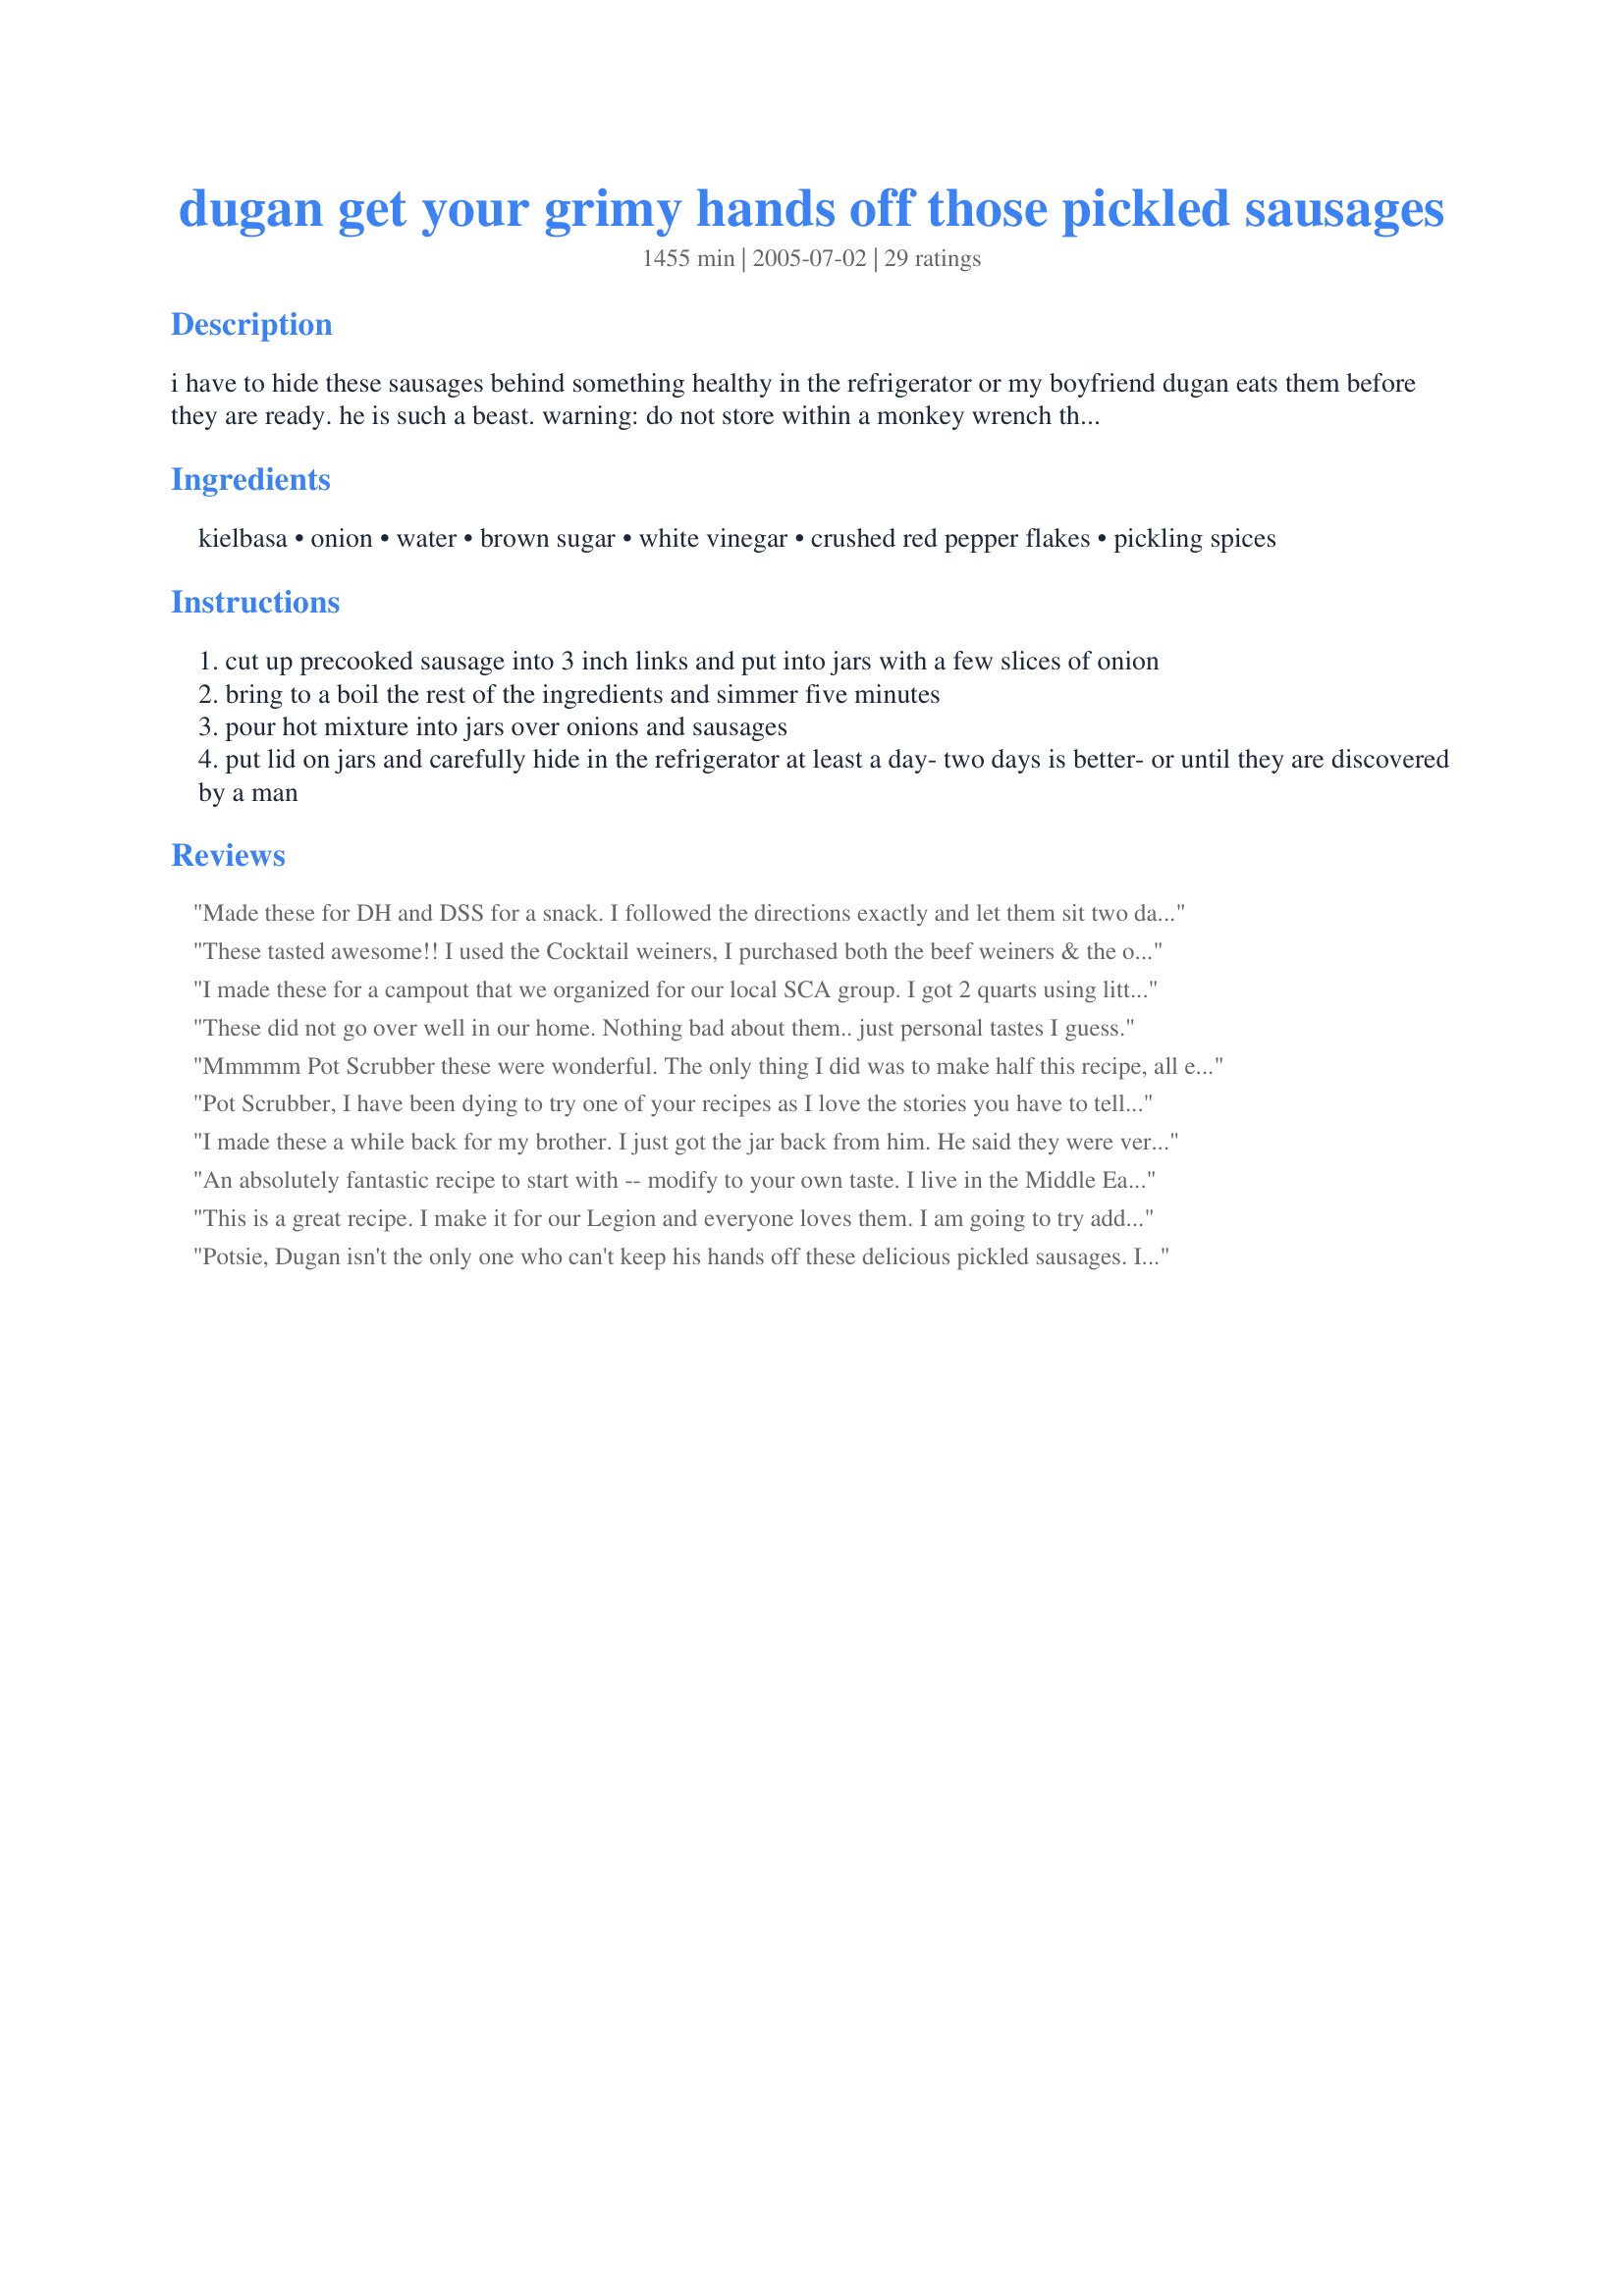
dugan get your grimy hands off those pickled sausages
Preparation time: 1455 minutes

i have to hide these sausages behind something healthy in the refrigerator or my boyfriend dugan eats them before they are ready. he is such a beast. warning: do not store within a monkey wrench throw of car mechanics and all men who drink beer.

Ingredients:
kielbasa, onion, water, brown sugar, white vinegar, crushed red pepper flakes, pickling spices

Steps:
cut up precooked sausage into 3 inch links and put into jars with a few slices of onion
bring to a boil the rest of the ingredients and simmer five minutes
pour hot mixture into jars over onions and sausages
put lid on jars and carefully hide in the refrigerator at least a day- two days is better- or until they are discovered by a man

Reviews:
Made these for DH and DSS for a snack. I followed the directions exactly and let them sit two days before allowing them to try one. They both thought they were too sweet, but me and DSD liked them as they were. Thanks Pot Scrubber for sharing your recipe.
These tasted awesome!! I used the Cocktail weiners, I purchased both the beef weiners & the ones made with pork & chicken, both were excellent but the all beef cocktail weiners left a greasy film on top but still tasted Wonderful!! Thank You for a GREAT recipe!!
I made these for a campout that we organized for our local SCA group. I got 2 quarts using little smokies and they both went in a heart beat. The funny thing is that after I put the liquid in the jars I realized that I forgot the brown sugar. Didn't seem to matter, they loved them anyway. Also, I wanted to note that mine got cloudy at first. I believe that the hot liquid melted some of the fat in the sausages but they did clear up.
These did not go over well in our home. Nothing bad about them.. just personal tastes I guess.
Mmmmm Pot Scrubber these were wonderful. The only thing I did was to make half this recipe, all else was the same. I wanted to test them first before making too many. They were absolutely delicious. Sorry I didn't do full recipe. Think I will make some for my Dad for Christmas, he will love them. I used the Lil Smokies sausages. Worked out really well. Thanks again for the post.
Pot Scrubber, I have been dying to try one of your recipes as I love the stories you have to tell about each recipe. I took these to a party of about 25 including adults, teenagers and kids. People started asking me for the recipe even before the Mason jar was opened! These were gone REALLY fast and all ages loved them. One of the Nebraska women suggested adding some sliced fresh jalapeno and I think I will try that when I make them again next week for my company picnic. Thanks for the really easy, great recipe and the wonderful stories!
I made these a while back for my brother. I just got the jar back from him. He said they were very good and looked forward to me making them again. Thank You for posting this recipe it gives me something to make for my brother that will last more than one meal. Great sancks for him. Hugs
An absolutely fantastic recipe to start with -- modify to your own taste. I live in the Middle East and cannot get pork sausage -- Penrose stopped making their great sausages. This recipe was a great find. However, I can only get turkey kielbasa here -- no prob -- and it can be spiced up to your liking and favorite bar snack flavor. My friends love them and they go great with cold beer.<br/><br/>Modification for beer drinker's palette was such -- I have a two liter, old fashion mason jar with the rubber ring and metal lock:<br/><br/>3 lbs of Hilshire Farms Turkey Polska Kielbasa<br/>1 small onion<br/>eliminated the water<br/>1 Tablespoon brown sugar<br/>4 cups white vinegar<br/>2 teaspoons red pepper flakes<br/>1 T pickling spice<br/>4 cloves garlic<br/>6 thai chilies - cut into 1/2 inch pieces<br/>few dashes of your favorite hot sauce<br/>2 Tablespoons salt<br/><br/>Thank you so much for posting your original recipe. It was a great find!
This is a great recipe. I make it for our Legion and everyone loves them. I am going to try adding garlic to them this time.
Potsie, Dugan isn't the only one who can't keep his hands off these delicious pickled sausages. I made them two ways -- one with pork cocktail sausages and the other with fresh sausages I poached first. The first were a hit with the ladies (more of an appetizer); the latter with the guys -- they were lumberjack sausages (that was the name on the package) and the men all went for those. These are terrific! I made a batch and they were all gone in 1/2 hour when our family tried them, so I made three more jarsful to serve this weekend when we had a bunch of people over to watch football games. They are tangy, spicy and addicting. I added one clove of garlic to each jar and decreased the brown sugar a bit. They are definitely on my list of the best of the best snacks for any occasion. Thanks for posting this wonderful recipe. Everyone who has tried it has loved it.
I can't believe I forgot to review these wonderful sausages. I made 3 jars of these in Dec of last year and my DH devoured one jar by himself in one day then the next day he was off and running from neighbor to neighbor giving out samples (ONLY ONE SAUSAGE TO EACH MIND YOU) but just enough for there to be requests from them for there own jars. Love your page Pot Scrubber love the pics I visit your page quite often to see if any updates. definitely lovin the babies take care of each other and thanks for the delicious recipe .
Only made 1/2 batch to try. Big mistake! Soaked for 3 days and they are GREAT! Thank you!
I made this with cocktail sausages and found them to be a little soft in texture. I&#039;m going to try it again with a different sausage.
Exactly what I was looking for in a Pickled Sausage! These are SO good! Thank You!
This was just what I was looking for in a recipe for pickled sausage. I took the advice of some of the other reviewer and cut back on the brown sugar using just a 1/2 cup. I added a crushed clove of garlic into each quart jar and minced two cloves of garlic to the liquid. I made them yesterday and tested one this morning. These are better than anything I've had store bought. Thanks for a great basic recipe for pickled sausages.
This is exactly the type of health food that my best friend's dad would make. I am probably the only girl on earth that has ever skeemed a way to sneek more pickled eggs and sausages out of a kitchen at midnight for a bunch of 12 y/os!
I will have to make this, memory is so yummy!
I am amazed at how well these turned out! Brought back memories of sausage my dad used to buy in large gallon sized jars... I bought nice smoked polish keilbasa sausage at whole foods (4 packs) to fit into 2 half gallon jars. Could have bought another sausage - there was still plenty of room left. Had to double the vinegar mixture to fill the large jars. Used about a cup of apple cider vinegar since I ran out of white. Used light brown sugar instead of regular. A clove of garlic turned somewhat blue but I read that this was a common reaction to the vinegar. These are so addictive!!
I made these for DH and he loves them. I have made two jars so far. I use the little smokies and in the second jar, DH sliced a jalapeno in half and added that. THanks for a keeper in our house.
Who could be blamed for not waiting 24 hours, when one knows that these are in the fridge? This is an absolute outstanding snack. From now on I will always have som ein the fridge. I have used "mini-wieners" and they were fabulous. Like the different flavors of sour, sweet, hot (I like it hot) and the sausages. These sausages are a temptation. Thanks for sharing this "hidden in the fridge treasure".
Hubby said 2 stars but I say 3... I love the onions but the rest is a bit too sweet for us. I'll probably make these again and omit or seriously decrease the brown sugar. I used both beef cocktail sausages and kielbasa. Thanks for sharing this neat idea.
Found these lacking in the garlic flavor most pickled sausages have,will add lots of garlic to make this more appealing to us. Will also add some cayenne to make these a little more manley in flavor. 
3 stars, needs work.
VERY nice snack. I used dried Hatch peppers from New Mexico and upped the quantity a little (used a whole pepper).
I usually like any kind of pickle and I also like sausage, but this just wasn't to my liking. Maybe it was the fact that the sausage was cold and a little greasy that the taste and texture didn't appeal to me.
These had a wonderful flavor, but I must have done something wrong, I purchased a "name brand" kielbasa, but after waiting 24 hours, when I took them from the fridge, all the grease from the meat was floating in the brine and left a greasy film on the onions. Any suggestions on what I did wrong?
So easy and simply delicious. I made two different batches (one with cocktail wieners and one with polish sausages). I added a whole dried hot pepper to each jar. So far, the sausages with the scotch bonnet pepper is my favorite but... it is only day three and they just keep getting better! More garlic would be a good variation too. Great recipe, Pot Scrubber.
OMIGOSH! Dugan, Dugan, Dugan. I don't blame you. These are absolutely delicious and well worth getting yelled at for. I can't wait til Christmas because I'm gonna make these for all the menfolk in my family. I made them last night and just tried them today - whoops - a whole jar is gone already. Thanks Pot Scrubber for the great recipe and please - don't be so hard on the ole boy! Georgeann
I now know what all the fuss is about!! These little babies are addictive!! I made them over the weekend...4 small jars to give to friends as little gifts, and 1 BIG jar for ME!! I can't stop eating them!! If I go into the kitchen, I eat one!! I would have to agree, the longer they soak the better; but WHO could just leave them alone?? I am already getting requests for these for Christmas! Thank you for sharing this "gem" of a recipe!! I also used little cocktail weinners with WONDERFUL results!! Tell Dugan he has great taste!! Robin
I took these to a party and they were gone in no time. Everyone loved them. I will definitely make these again and again!
I use the cocktail wieners. These are great
